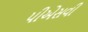
પીએસવી